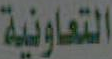
التعاونية